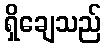
ရှိချေသည်